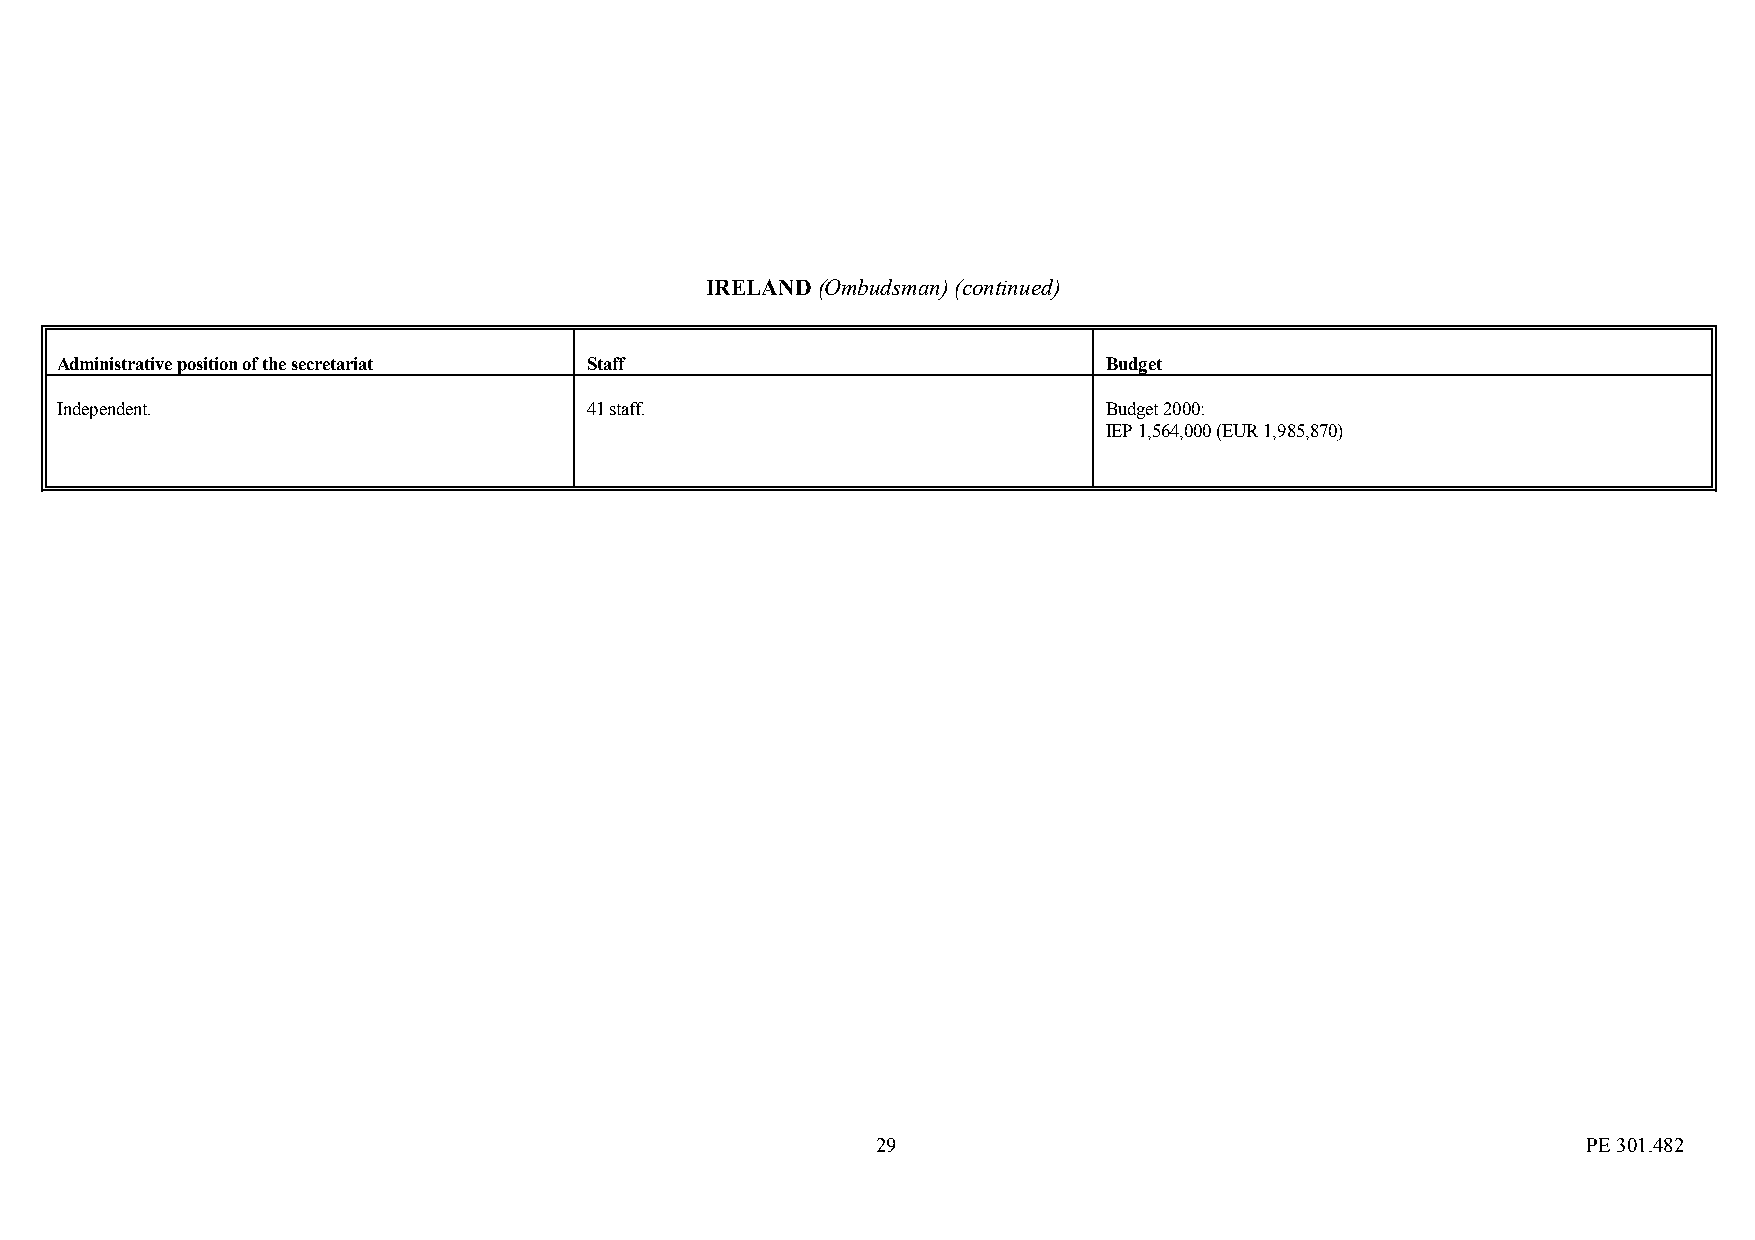
IRELAND (Ombudsman) (continued)
 Administrative position of the secretariat Staff                     Budget
 Independent.                       41 staff.                         Budget 2000:
 IEP 1,564,000 (EUR 1,985,870)
 29                                             PE 301.482